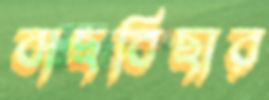
বাছবিছার